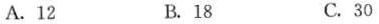
A.12 B.18 C.30